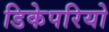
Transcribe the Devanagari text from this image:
डिकेपरियो